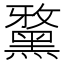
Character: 𪑢